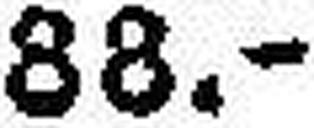
88.--